Materia medica of Madras volume I
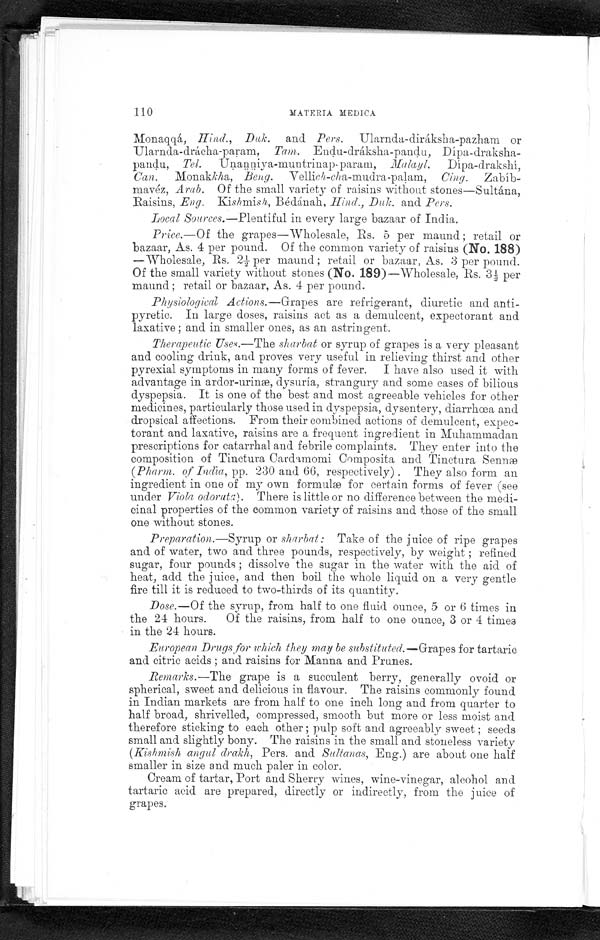
110
MATERIA MEDICA
Monaqqá, Hind., Duk. and Pers. Ularnda-diráksha-pazham or
Ularnda-drácha-param, Tam. Endu-dráksha-pandu,Dípa-draksha
-
pandu, Tel. Unanniya-muntrinap-param, Malayl. Dípa-drakshí,
Can. Monakkha, Beng. Vellich-ch a-mudra-palam, Cing. Zabíb
-
mavéz, Arab. Of the small variety of raisins without stones—Sultána,
Raisins, Eng. Kish mis h, Bédánah, Hind., Duk. and Pers.
Local Sources.—Plentiful in every large bazaar of India.
Price.—Of the grapes—Wholesale, Rs. 5 per maund ; retail or
bazaar, As. 4 per pound. Of the common variety of raisins (No. 188)
—Wholesale, Rs. 2½ per maund ; retail or bazaar, As. 3 per pound
Of the small variety without stones (No. 189)—Wholesale, Rs. 3½ per
maund ; retail or bazaar, As. 4 per pound.
Physiological Actions.—Grapes are refrigerant, diuretic and anti-
-
pyretic. In large doses, raisins act as a demulcent, expectorant and
laxative ; and in smaller ones, as an astringent.
Therapeutic Uses.—The sharbat or syrup of grapes is a very pleasant
and cooling drink, and proves very useful in relieving thirst and other
pyrexial symptoms in many forms of fever. I have also used it with
advantage in ardor-urinæ, dysuria, strangury and some cases of bilious
dyspepsia. It is one of the best and most agreeable vehicles for other
medicines, particularly those used in dyspepsia, dysentery, diarrhœa and
dropsical affections. From their combined actions of demulcent, expec-
-
torant and laxative, raisins are a frequent ingredient in Muhammadan
prescriptions for catarrhal and febrile complaints.They enter into the
composition of Tinctura Cardamomi Coinposita and Tinctura Senn
æ
(Pharm. of India, pp. 230 and 66, respectively) . They also form an
ingredient in ono of my own formuæ for certain forms of fever (see
under Viola odorata). There is little or no difference between the medi-
-
cinal properties of the common variety of raisins and those of the small
one without stones.
Preparation.—Syrup or sharbat : Take of the juice of ripe grapes
and of water, two and three pounds, respectively, by weight ; refined
sugar, four pounds ; dissolve the sugar in the water with the aid of
heat, add the juice, and then boil the whole liquid on a very gentle
fire till it is reduced to two-thirds of its quantity.
Dose.—Of the syrup, from half to one fluid ounce, 5 or 6 times in
the 24 hours. Of the raisins, from half to one ounce, 3 or 4 times
in the 24 hours.
European Drugs for which they may be substituted.— Grapes for tartaric
and citric acids ; and raisins for Manna and Prunes.
Remarks.—The grape is a succulent berry, generally ovoid or
spherical, sweet and delicious in flavour. The raisins commonly found
in Indian markets are from half to one inch long a
n d f r o m q u a r t e r t o
half broad, shrivelled, compressed, smooth but more or less moist and
therefore sticking to each other ; pulp soft and agreeably sweet ; seeds
small and slightly bony. The raisins in the small and stoneless variety
(Kishmish angul drakh, Pers. and Sultanas, Eng.) are about one half
smaller in size and much paler in color.
Cream of tartar, Port and Sherry wines, wine-vinegar, alcohol and
tartaric acid are prepared, directly or indirectly, from the juice of
grapes.